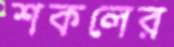
শকলের